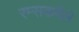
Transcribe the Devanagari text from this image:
रम्सकपैले